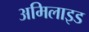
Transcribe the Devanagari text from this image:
अमिलाइड